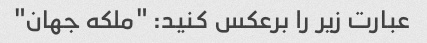
عبارت زیر را برعکس کنید: "ملکه جهان"